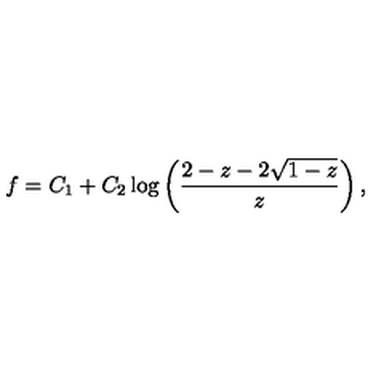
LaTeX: f = C _ { 1 } + C _ { 2 } \log \left( \frac { 2 - z - 2 \sqrt { 1 - z } } { z } \right) ,